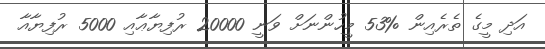
އަދި މީގެ ތެރެއިން %53 މީހުންނަށް ވަނީ 20000 ރުފިޔާޢާއި 5000 ރުފިޔާއާ